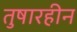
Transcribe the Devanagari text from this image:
तुषारहीन